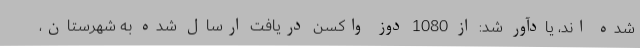
شده اند، یادآور شد: از 1080 دوز واکسن دریافت ارسال شده به شهرستان،